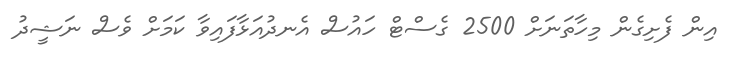
އިން ފެށިގެން މިހާތަނަށް 2500 ގެސްޓް ހައުސް އެނދުއަޅާފައިވާ ކަމަށް ވެސް ނަޝީދު